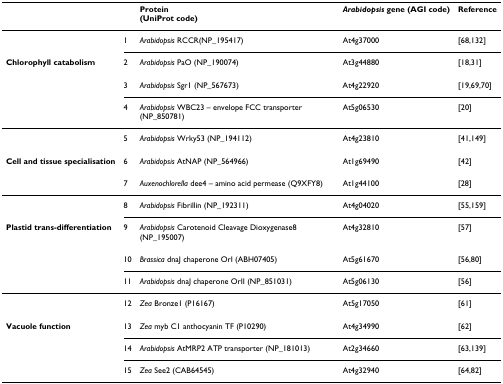
<table><thead><tr><td></td><td></td><td><b>Protein(UniProt code)</b></td><td><b><i>Arabidopsis </i>gene (AGI code)</b></td><td><b>Reference</b></td></tr></thead><tbody><tr><td></td><td>1</td><td><i>Arabidopsis </i>RCCR(NP_195417)</td><td>At4g37000</td><td>[68,132]</td></tr><tr><td><b>Chlorophyll catabolism</b></td><td>2</td><td><i>Arabidopsis </i>PaO (NP_190074)</td><td>At3g44880</td><td>[18,31]</td></tr><tr><td></td><td>3</td><td><i>Arabidopsis </i>Sgr1 (NP_567673)</td><td>At4g22920</td><td>[19,69,70]</td></tr><tr><td></td><td>4</td><td><i>Arabidopsis </i>WBC23 – envelope FCC transporter (NP_850781)</td><td>At5g06530</td><td>[20]</td></tr><tr><td></td><td>5</td><td><i>Arabidopsis </i>Wrky53 (NP_194112)</td><td>At4g23810</td><td>[41,149]</td></tr><tr><td><b>Cell and tissue specialisation</b></td><td>6</td><td><i>Arabidopsis </i>AtNAP (NP_564966)</td><td>At1g69490</td><td>[42]</td></tr><tr><td></td><td>7</td><td><i>Auxenochlorella </i>dee4 – amino acid permease (Q9XFY8)</td><td>At1g44100</td><td>[28]</td></tr><tr><td></td><td>8</td><td><i>Arabidopsis </i>Fibrillin (NP_192311)</td><td>At4g04020</td><td>[55,159]</td></tr><tr><td><b>Plastid trans-differentiation</b></td><td>9</td><td><i>Arabidopsis </i>Carotenoid Cleavage Dioxygenase8 (NP_195007)</td><td>At4g32810</td><td>[57]</td></tr><tr><td></td><td>10</td><td><i>Brassica </i>dnaJ chaperone OrI (ABH07405)</td><td>At5g61670</td><td>[56,80]</td></tr><tr><td></td><td>11</td><td><i>Arabidopsis </i>dnaJ chaperone OrII (NP_851031)</td><td>At5g06130</td><td>[56]</td></tr><tr><td></td><td>12</td><td><i>Zea </i>Bronze1 (P16167)</td><td>At5g17050</td><td>[61]</td></tr><tr><td><b>Vacuole function</b></td><td>13</td><td><i>Zea </i>myb C1 anthocyanin TF (P10290)</td><td>At4g34990</td><td>[62]</td></tr><tr><td></td><td>14</td><td><i>Arabidopsis </i>AtMRP2 ATP transporter (NP_181013)</td><td>At2g34660</td><td>[63,139]</td></tr><tr><td></td><td>15</td><td><i>Zea </i>See2 (CAB64545)</td><td>At4g32940</td><td>[64,82]</td></tr></tbody></table>